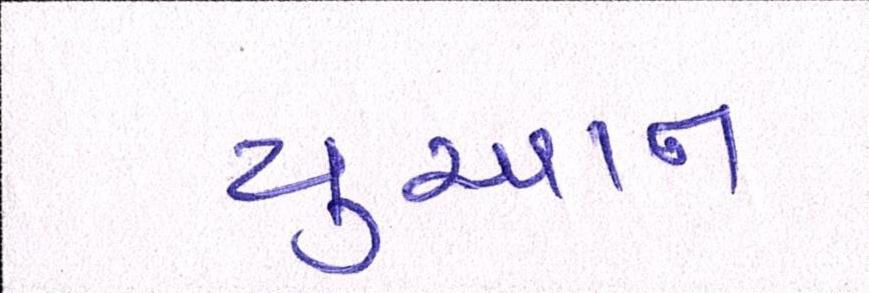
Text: યુઆન